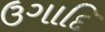
ઉગાદિ